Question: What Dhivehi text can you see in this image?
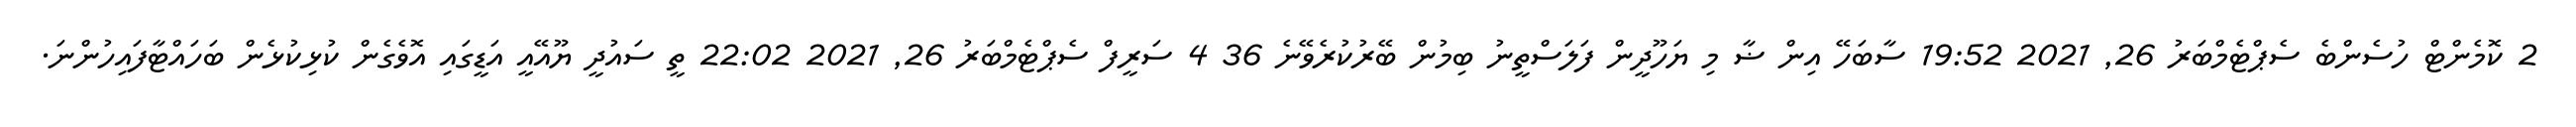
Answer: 2 ކޮމެންޓް ހުސެންބެ ސެޕްޓެމްބަރު 26, 2021 19:52 ސާބަހޭ އިން ޟާ މި ޔަހޫދީން ފަލަސްތީނު ބިމުން ބޭރުކުރެވޭނެ 36 4 ސަރީފް ސެޕްޓެމްބަރު 26, 2021 22:02 ތީ ސައުދީ ޔޫއޭއީ އަޑީގައި އޮވެގެން ކުޅިކުޅެން ބަހައްޓާފައިހުންނަ.